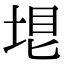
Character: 𡋳